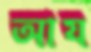
আয